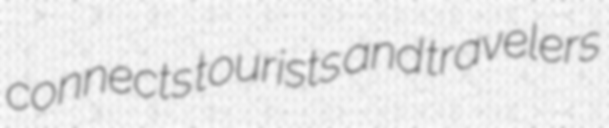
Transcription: connects tourists and travelers